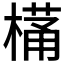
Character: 𭫩